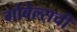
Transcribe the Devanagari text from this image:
गोबेल्सची